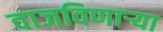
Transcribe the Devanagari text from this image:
वाजविणार्‍या